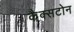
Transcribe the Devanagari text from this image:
कैक्सटोन